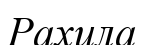
Рахила